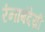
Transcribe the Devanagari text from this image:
रंनाबंदेय्री